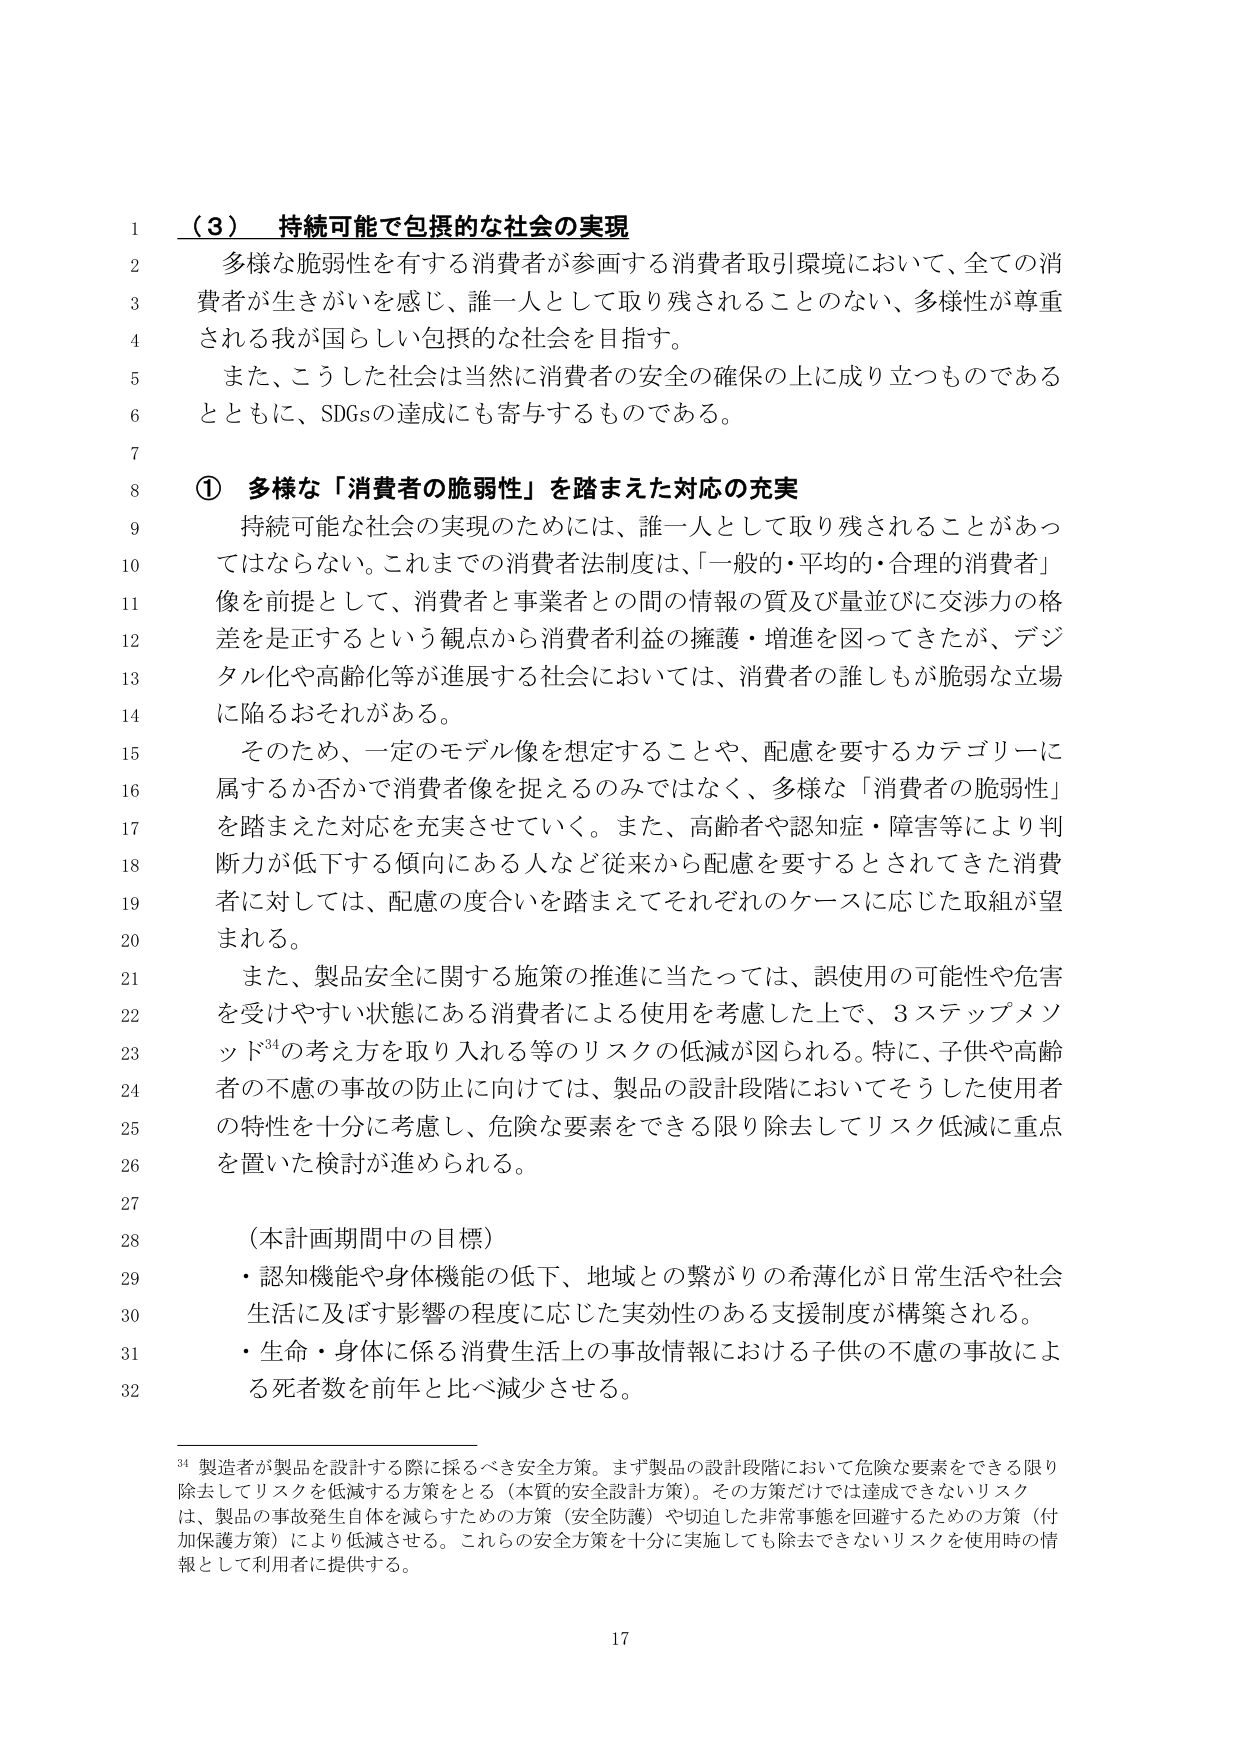
（３） 持続可能で包摂的な社会の実現
多様な脆弱性を有する消費者が参画する消費者取引環境において、全ての消費者が生きがいを感じ、誰一人として取り残されることのない、多様性が尊重される我が国らしい包摂的な社会を目指す。
また、こうした社会は当然に消費者の安全の確保の上に成り立つものであるとともに、SDGsの達成にも寄与するものである。

① 多様な「消費者の脆弱性」を踏まえた対応の充実
持続可能な社会の実現のためには、誰一人として取り残されることがあってはならない。これまでの消費者法制度は、「一般的・平均的・合理的消費者」像を前提として、消費者と事業者との間の情報の質及び量並びに交渉力の格差を是正するという観点から消費者利益の擁護・増進を図ってきたが、デジタル化や高齢化等が進展する社会においては、消費者の誰しもが脆弱な立場に陥るおそれがある。
そのため、一定のモデル像を想定することや、配慮を要するカテゴリーに属するか否かで消費者像を捉えるのみではなく、多様な「消費者の脆弱性」を踏まえた対応を充実させていく。また、高齢者や認知症・障害等により判断力が低下する傾向にある人など従来から配慮を要するとされてきた消費者に対しては、配慮の度合いを踏まえてそれぞれのケースに応じた取組が望まれる。
また、製品安全に関する施策の推進に当たっては、誤使用の可能性や危害を受けやすい状態にある消費者による使用を考慮した上で、3ステップメソッド34の考え方を取り入れる等のリスクの低減が図られる。特に、子供や高齢者の不慮の事故の防止に向けては、製品の設計段階においてそうした使用者の特性を十分に考慮し、危険な要素をできる限り除去してリスク低減に重点を置いた検討が進められる。

（本計画期間中の目標）
・認知機能や身体機能の低下、地域との繋がりの希薄化が日常生活や社会生活に及ぼす影響の程度に応じた実効性のある支援制度が構築される。
・生命・身体に係る消費生活上の事故情報における子供の不慮の事故による死者数を前年と比べ減少させる。

34 製造者が製品を設計する際に採るべき安全方策。まず製品の設計段階において危険な要素をできる限り除去してリスクを低減する方策をとる（本質的安全設計方策）。その方策だけでは達成できないリスクは、製品の事故発生自体を減らすための方策（安全防護）や切迫した非常事態を回避するための方策（付加保護方策）により低減させる。これらの安全方策を十分に実施しても除去できないリスクを使用時の情報として利用者に提供する。

17